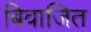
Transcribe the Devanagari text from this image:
बिवाजित